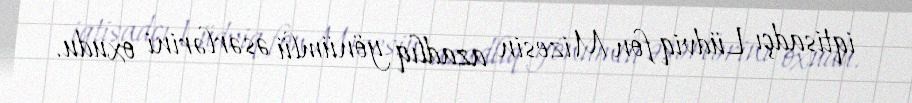
iqtisadçı Lüdviq fon Mizesin azadlıq yönümlü əsərlərini oxudu.